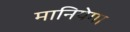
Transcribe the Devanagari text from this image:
मानियेगा